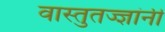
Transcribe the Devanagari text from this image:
वास्तुतज्ज्ञांनी